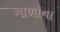
ગાળોના